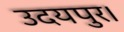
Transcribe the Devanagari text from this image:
उदयपुर।